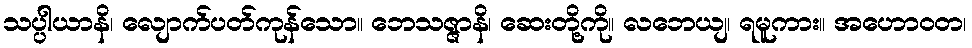
သပ္ပါယာနိ၊ လျောက်ပတ်ကုန်သော။ ဘေသဇ္ဇာနိ၊ ဆေးတို့ကို။ လဘေယျ၊ ရမူကား။ အဟောဝတ၊